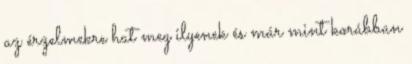
az érzelmekre hat meg ilyenek és már mint korábban